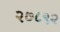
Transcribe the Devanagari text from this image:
२७८९२